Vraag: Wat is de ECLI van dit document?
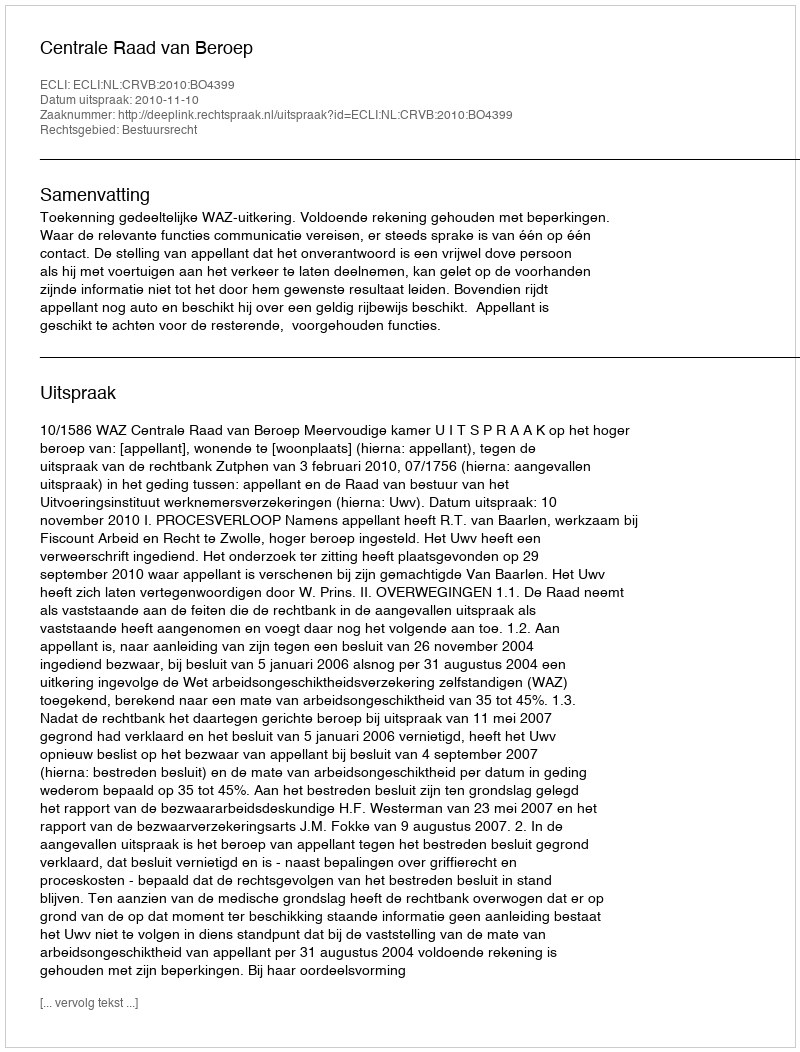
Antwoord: ECLI:NL:CRVB:2010:BO4399